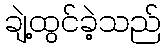
ချဲ့ထွင်ခဲ့သည်